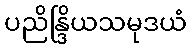
ပညိန္ဒြိယသမုဒယံ